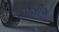
યોગીએ